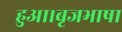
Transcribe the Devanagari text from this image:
हुआ।बृजभाषा